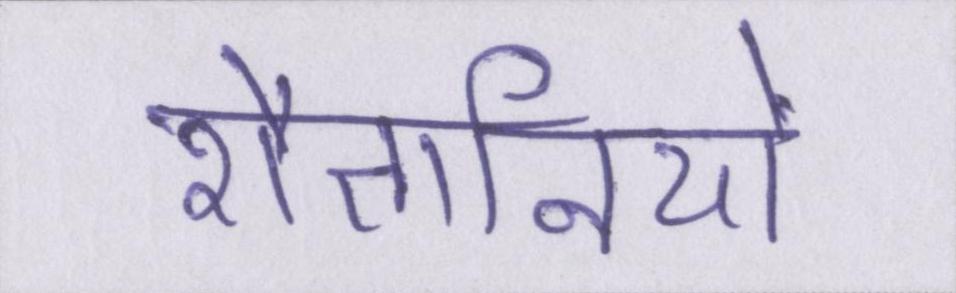
शैतानियों